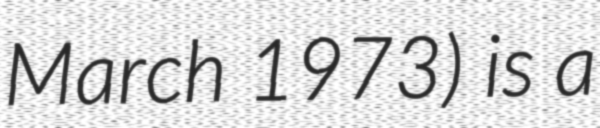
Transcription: March 1973) is a